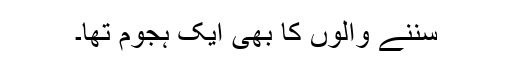
سُننے والوں کا بھی ایک ہجوم تھا۔